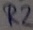
Text: R2